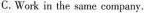
C.Work in the same company.